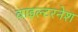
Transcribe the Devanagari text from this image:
वाइल्टरनेश